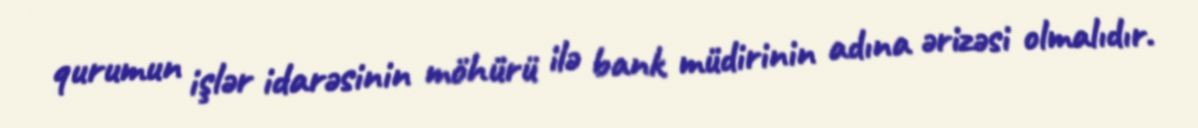
qurumun işlər idarəsinin möhürü ilə bank müdirinin adına ərizəsi olmalıdır.